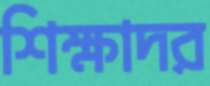
শিক্ষাদর